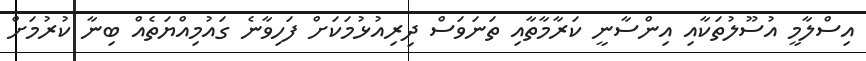
އިސްލާމީ އުސޫލުތަކާއި އިންސާނީ ކަރާމާތާއި ތަނަވަސް ދިރިއުޅުމަކަށް ފަހިވާނެ ގައުމިއްޔަތެއް ބިނާ ކުރުމަށް